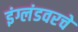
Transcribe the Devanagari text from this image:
इंग्लंडवरचे